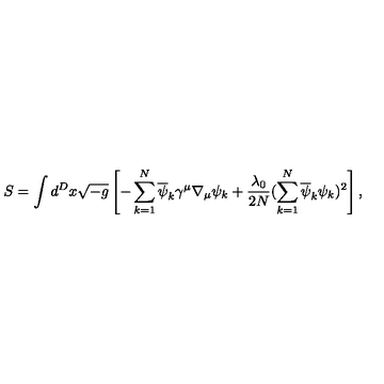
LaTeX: S = \int d ^ { D } x \sqrt { - g } \left[ - \sum _ { k = 1 } ^ { N } \overline { { \psi } } _ { k } \gamma ^ { \mu } \nabla _ { \mu } \psi _ { k } + \frac { \lambda _ { 0 } } { 2 N } ( \sum _ { k = 1 } ^ { N } \overline { { \psi } } _ { k } \psi _ { k } ) ^ { 2 } \right] ,